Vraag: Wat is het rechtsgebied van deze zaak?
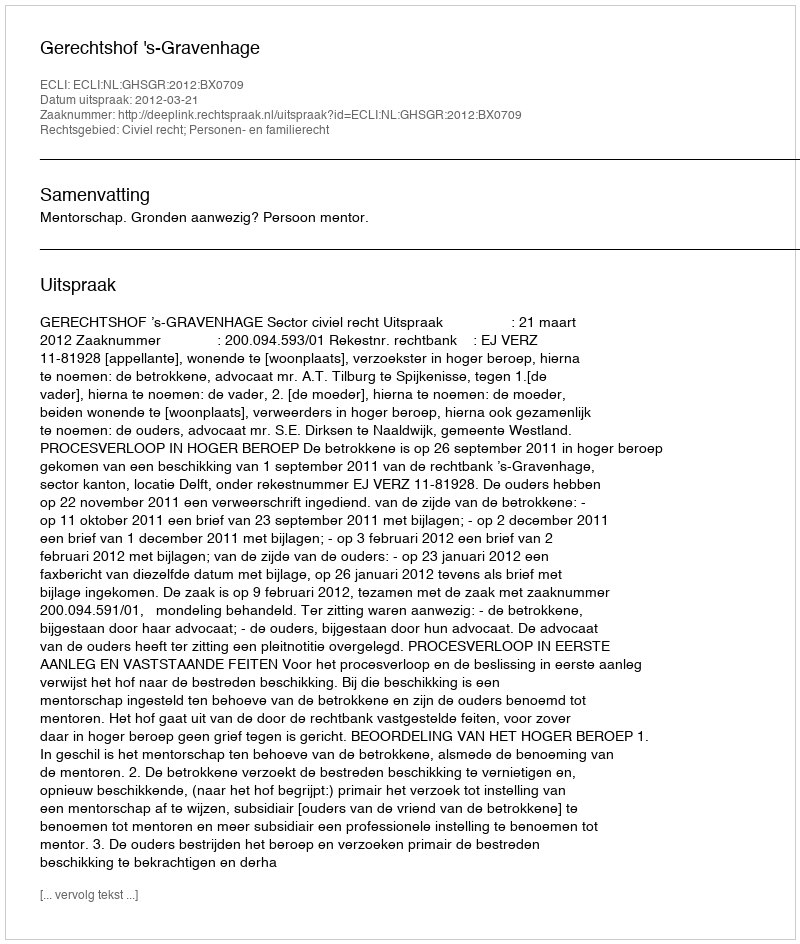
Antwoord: Civiel recht; Personen- en familierecht